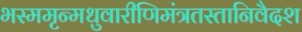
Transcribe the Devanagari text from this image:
भस्ममृन्मधुवारीणिमंत्रतस्तानिवैदश